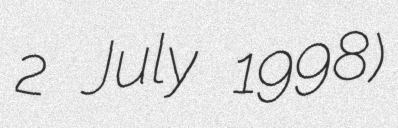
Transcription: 2 July 1998)